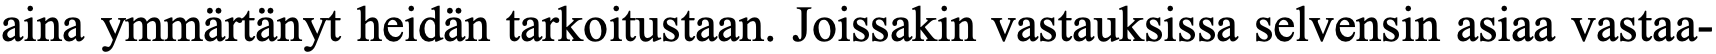
aina ymmärtänyt heidän tarkoitustaan. Joissakin vastauksissa selvensin asiaa vastaa-